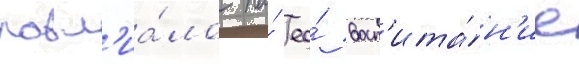
повл'иа́ло на́ ео́ восп'ита́н'ие